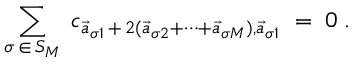
\sum _ { \sigma \, \in \, S _ { M } } \; c _ { \vec { a } _ { \sigma 1 } \, + \, 2 ( \vec { a } _ { \sigma 2 } + \cdots + \vec { a } _ { \sigma M } ) , \vec { a } _ { \sigma 1 } } \; = \; 0 \; .